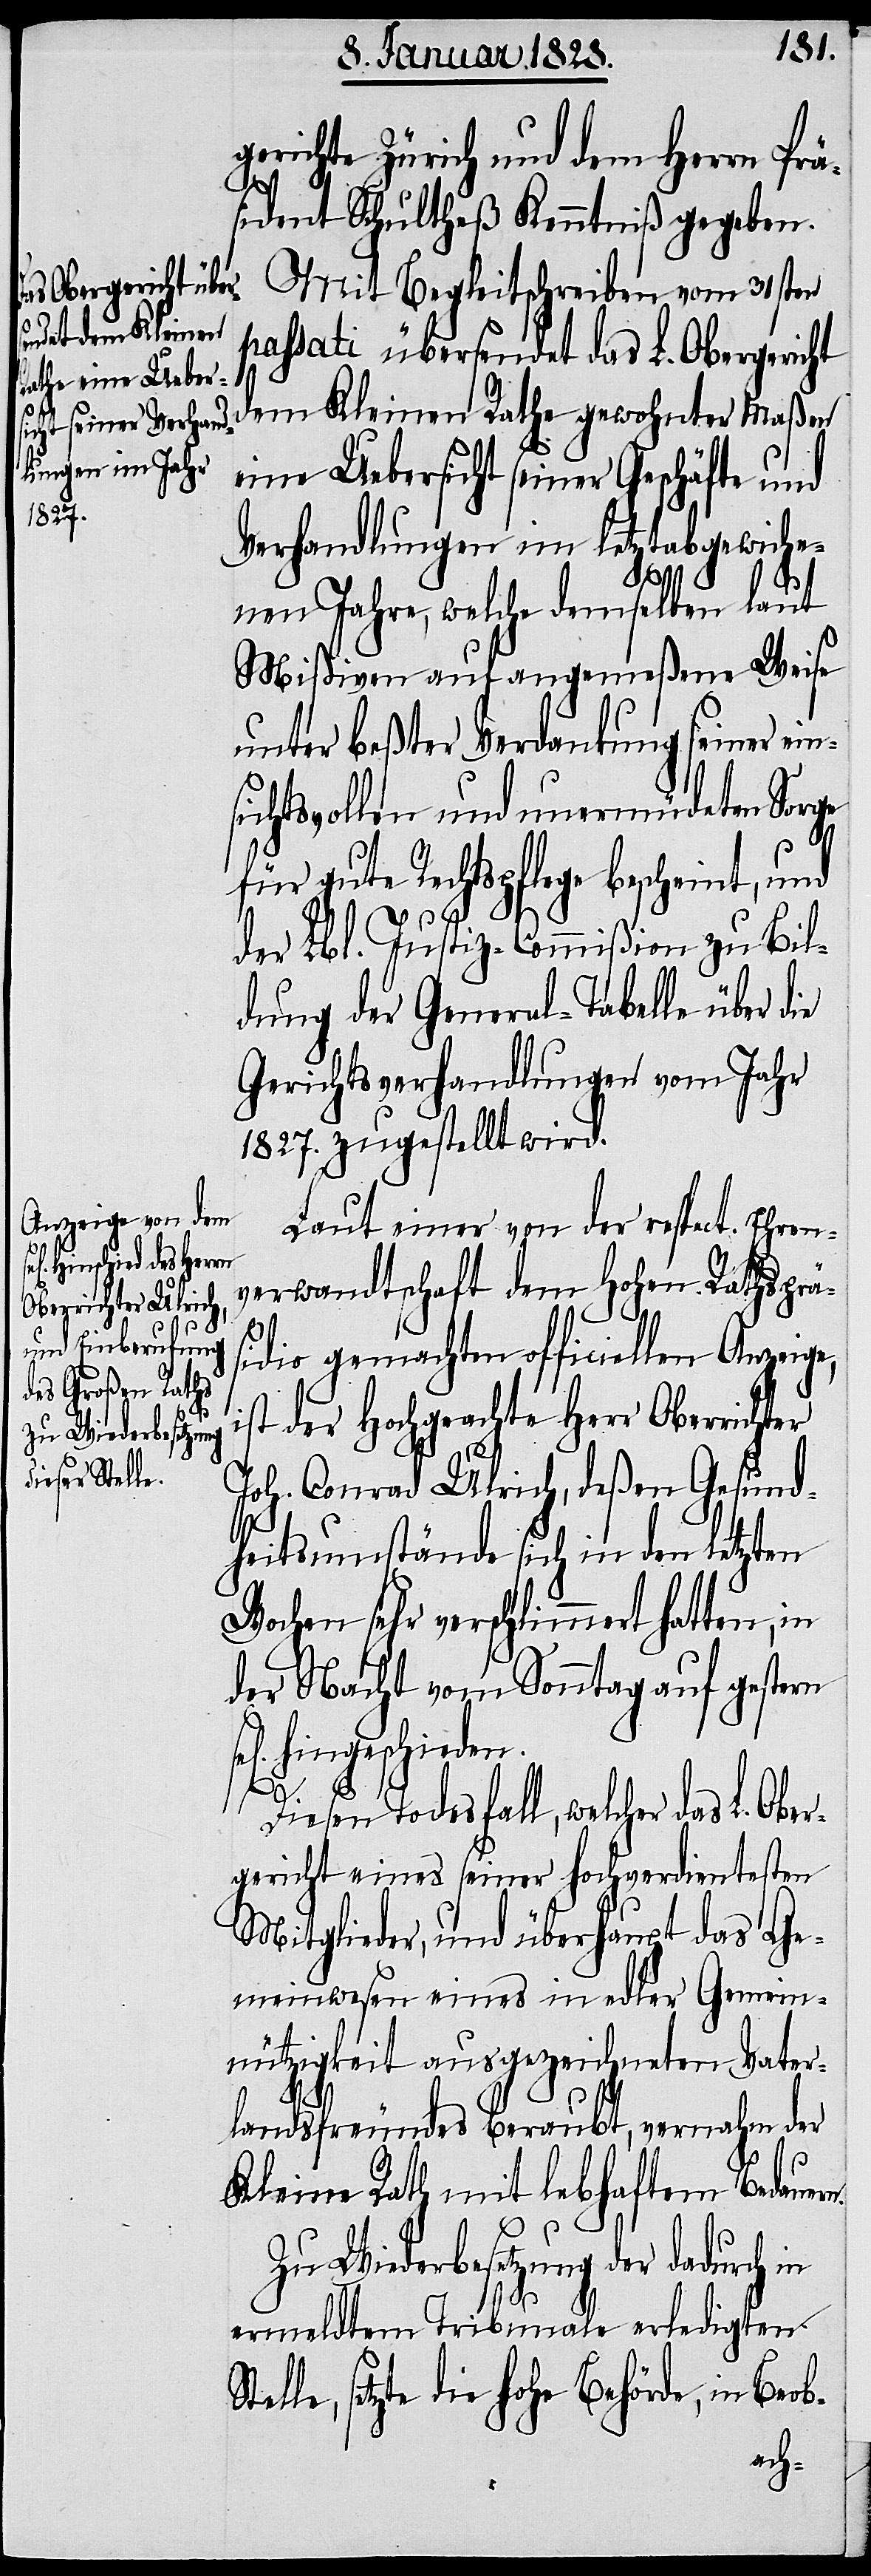
gerichte Zürich und dem Herrn Prä¬
sidenten Schultheß Kenntniß gegeben.
Mit Begleitschreiben vom 31sten
passati übersendet das L. Obergericht
dem Kleinen Rathe gewohnter Maßen
eine Uebersicht seiner Geschäfte und
Verhandlungen im letztabgewiche¬
Ste¬
nen Jahre, welche demselben laut
Mißiven auf angemeßene Weise
unter beßter Verdankung seiner ein¬
sichtsvollen und unermüdeten Sorge
für gute Rathspflege bescheint, und
der Lbl. Justiz-Commißion zu Bil¬
dung der General-Tabelle über die
Gerichtsverhandlungen vom Jahr
1827. zugestellt wird.
Laut einer von der respect. Ehren¬
verwandtschaft dem Hohen Rathsprä¬
sidio gemachten officiellen Anzeige,
ist der Hochgeachte Herr Oberrichter
Joh. Conrad Ulrich, deßen Gesund¬
heitsumstände sich in den letzten
Wochen sehr verschlimmert hatten, in
der Nacht von Sonntag auf gestern
hingeschieden.
dies¬
Diesen Todesfall, welcher das L. Ober¬
gericht eines seiner hochverdientesten
Mitglieder, und überhaupt das Ge¬
meinwesen eines in edler Gemein¬
nützigkeit ausgezeichneten Vater¬
landsfreundes beraubt, vernahm der
Kleine Rath mit lebhaftem Bedauer¬
n.
er Wiederbesetzung der dadurch in
ermeldtem Tribunale erledigten
lle, setzte die hohe Behörde, in